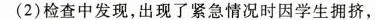
(2)检查中发现，出现了紧急情况时因学生拥挤，